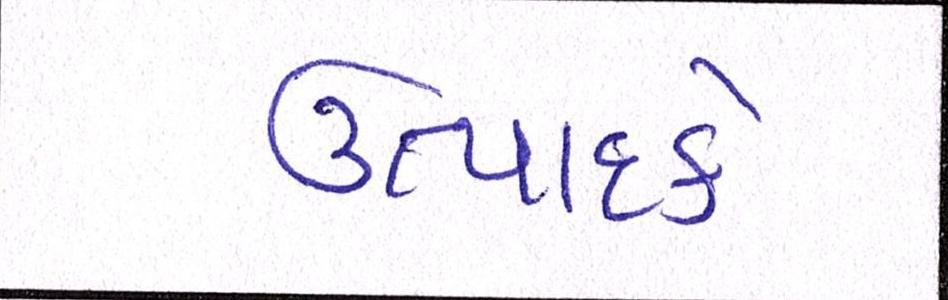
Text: ઉત્પાદકે